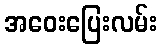
အဝေးပြေးလမ်း